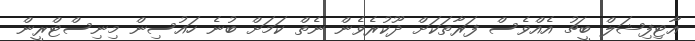
އާޓިފިޝަލް ބީޗު އެއްވެސް ފަރާތަކަށް ދޫކުރެވެން ނެތް ކަމަށް ބުނެ ހައުސިން މިނިސްޓްރީން